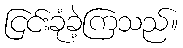
ငြင်းခုံခဲ့ကြသည်။